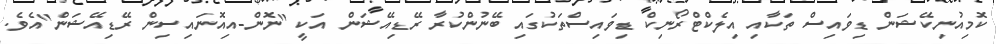
ކޮމިއުނިކޭޝަން ޑިވައިސް ތަކާއި އިލެކްޓްރޯނިކް ޑިވައިސްތަކުގައި ބޭނުންކުރާ ރޭޑިއޭޝަން އަކީ "ނޮން-އިއޮނައިސިން ރޭޑިއޭޝަން"އެވެ.